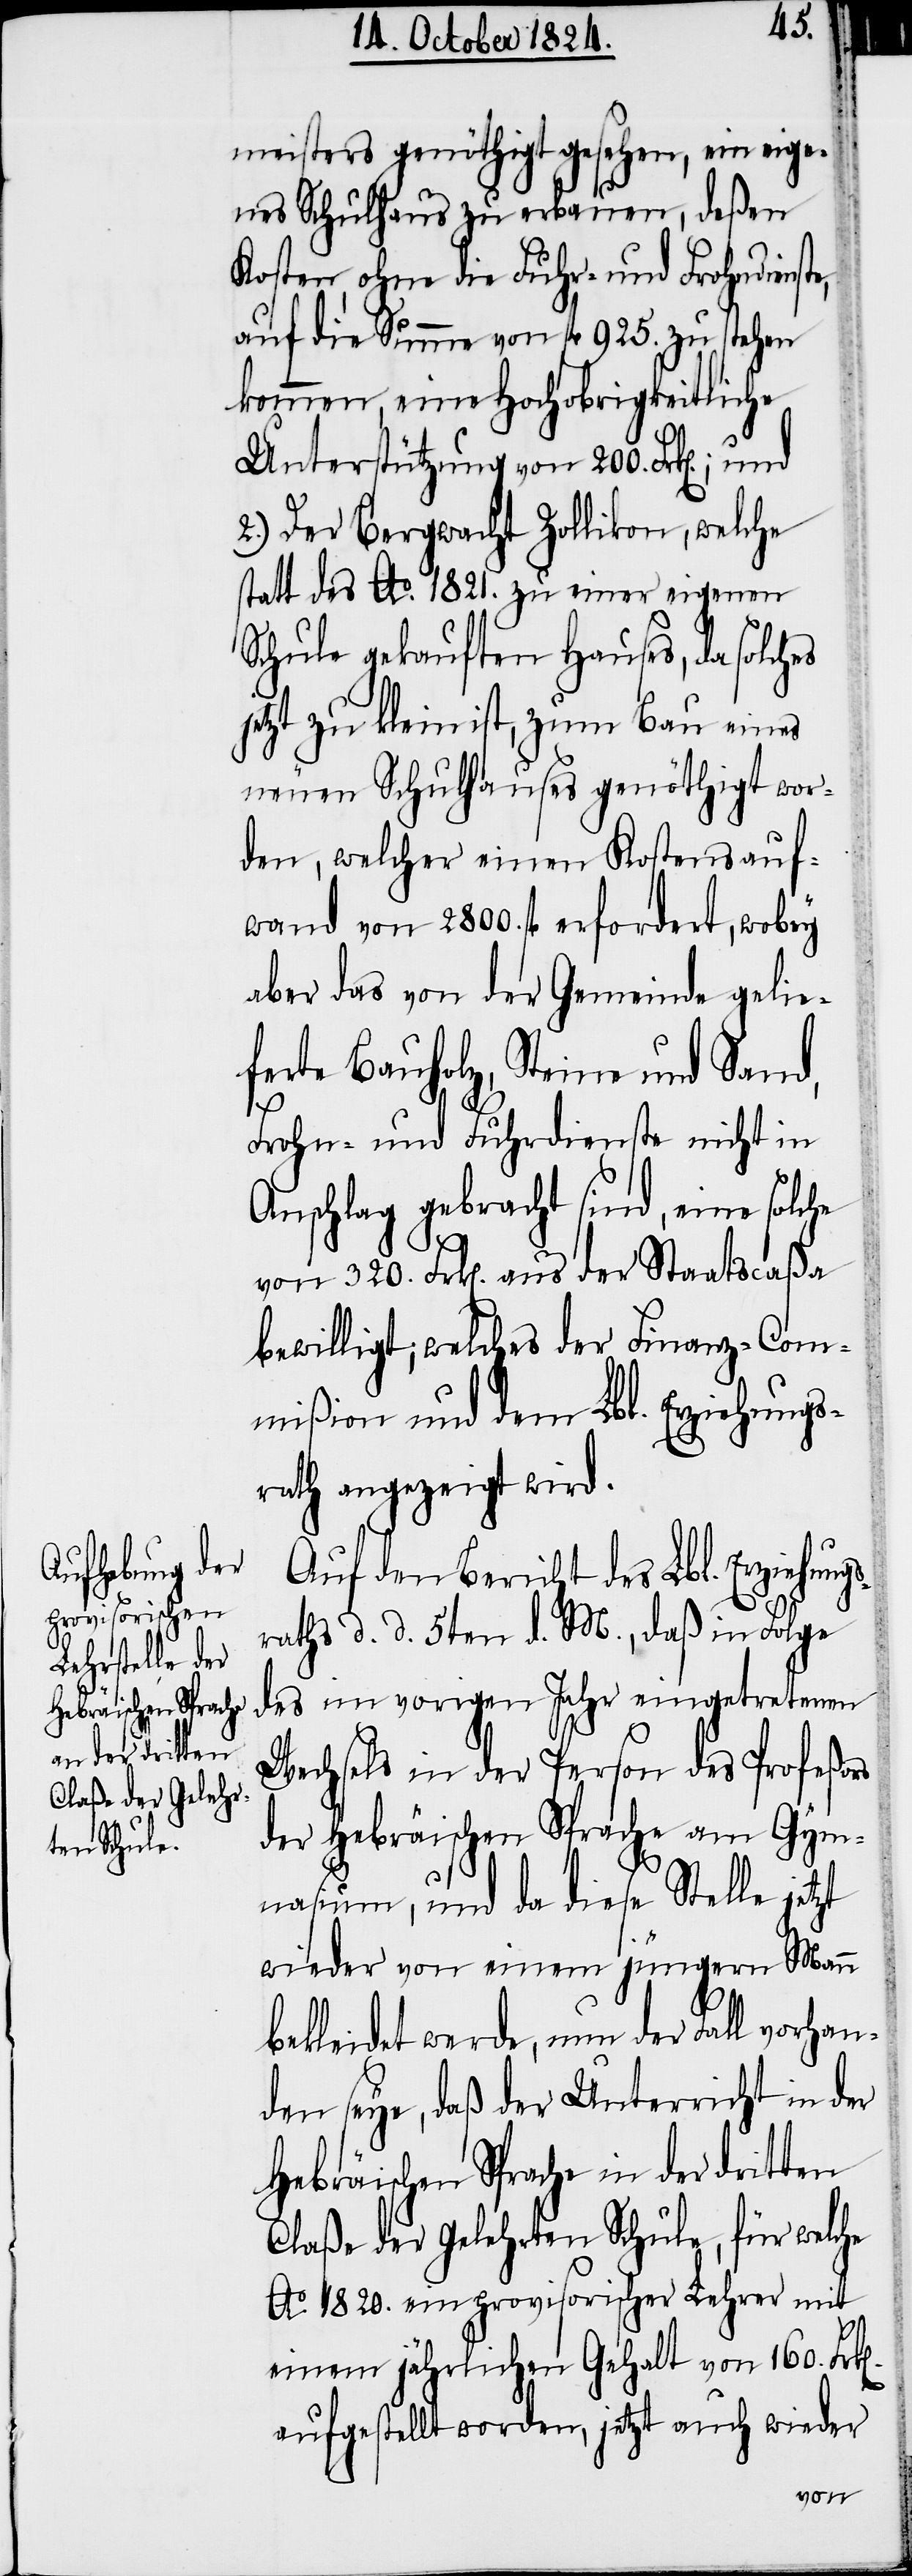
e,

meisters genöthigt gesehen, ein eige¬
nes Schulhaus zu erbauen, deßen
Kosten ohne die Fuhr- und Frohndienst¬
auf die Summe von fl 925. zu stehen
kommen, eine Hochobrigkeitliche
Unterstützung von 200. Frk[en].;
2.) Der Bergwacht Zollikon, welche
statt des Ao. 1821. zu einer eigenen
Schule gekauften Hauses, da solches
jetzt zu klein ist, zum Bau eines
neuen Schulhauses genöthigt wor¬
den, welcher einen Kostensauf¬
wand von 2800. fl erfordert, wobey
aber das von der Gemeinde gelie¬
ferte Bauholz, Steine und Sand,
n].
Frohn- und Fuhrdienste nicht in
Anschlag gebracht sind, eine solche
von 320. Frk[en]. aus der Staatscaßa
bewilligt; welches der Finanz-Com¬
mißion und dem Lbl. Erziehungs¬
rath angezeigt wird.
Auf den Bericht des Lbl. Erziehun¬
rathes d. d. 5ten d. M., daß in Folge
des im vorigen Jahr eingetretenen
Wechsels in der Person des Profeßors
der Hebräischen Sprache am Gym¬
nasium, und da diese Stelle jetzt
wieder von einem jüngern Mann
bekleidet werde, nun der Fall vorhan¬
den seye, daß der Unterricht in der
Hebräischen Sprache in der dritten
Claße der Gelehrten Schule, für welche
Ao. 1820. ein provisorischer Lehrer mit
einem jährlichen Gehalt von 160. Frk[e¬
aufgestellt worden, jetzt auch wieder